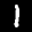
Label: 1